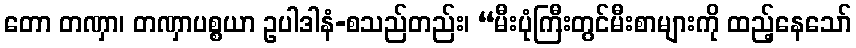
တော တဏှာ၊ တဏှာပစ္စယာ ဥပါဒါနံ-စသည်တည်း၊ “မီးပုံကြီးတွင်မီးစာများကို ထည့်နေသော်